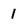
Character: 1